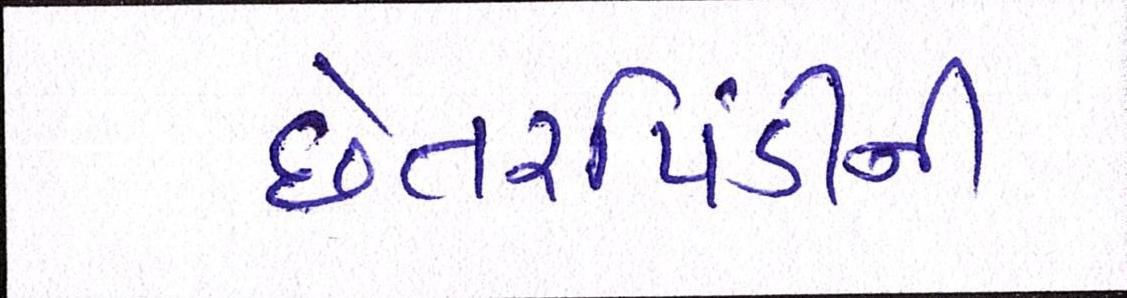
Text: છેતરપિંડીની